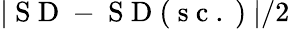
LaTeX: \left|\mathrm{~S~D~-~S~D~(~s~c~.~)~}\right|/2